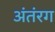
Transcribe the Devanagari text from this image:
अंतंरग